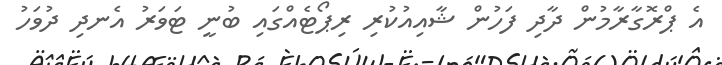
އެ ޕްރޮގާރާމުން ދާދި ފަހުން ޝާއިއުކުރި ރިޕޯޓެއްގައި ބުނީ ޓަވަރު އެނދި ދުވަހު